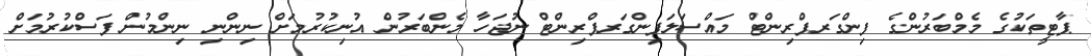
ޕާޓީތަކުގެ މެމްބަރުންގެ ފިންގަރޕްރިންޓް މައްސަަލަފިންގަރޕްރިންޓް ނުޖަހާ މެންބަރުން އުނިކުރުމަށް ނިންނި ނިންމުން ފަސްކުރުމަށް